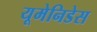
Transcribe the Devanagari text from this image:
यूमेनिडेस